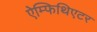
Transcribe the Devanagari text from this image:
ऐम्फिथिएटर